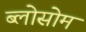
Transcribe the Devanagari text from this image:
ब्लोसोम